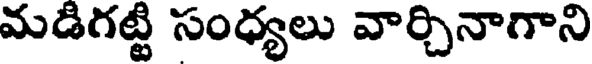
మడిగట్టి సంధ్యలు వార్చినాగాని